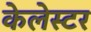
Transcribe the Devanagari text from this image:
केलेस्टर